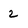
Character: 2